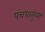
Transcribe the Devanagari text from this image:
पंचधातूंच्या